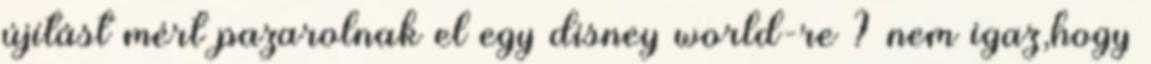
újítást mért pazarolnak el egy disney world-re ? nem igaz,hogy